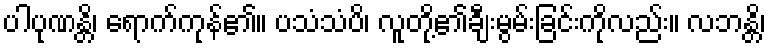
ပါပုဏန္တိ၊ ရောက်ကုန်၏။ ပသံသံပိ၊ လူတို့၏ချီးမွမ်းခြင်းကိုလည်း။ လဘန္တိ၊